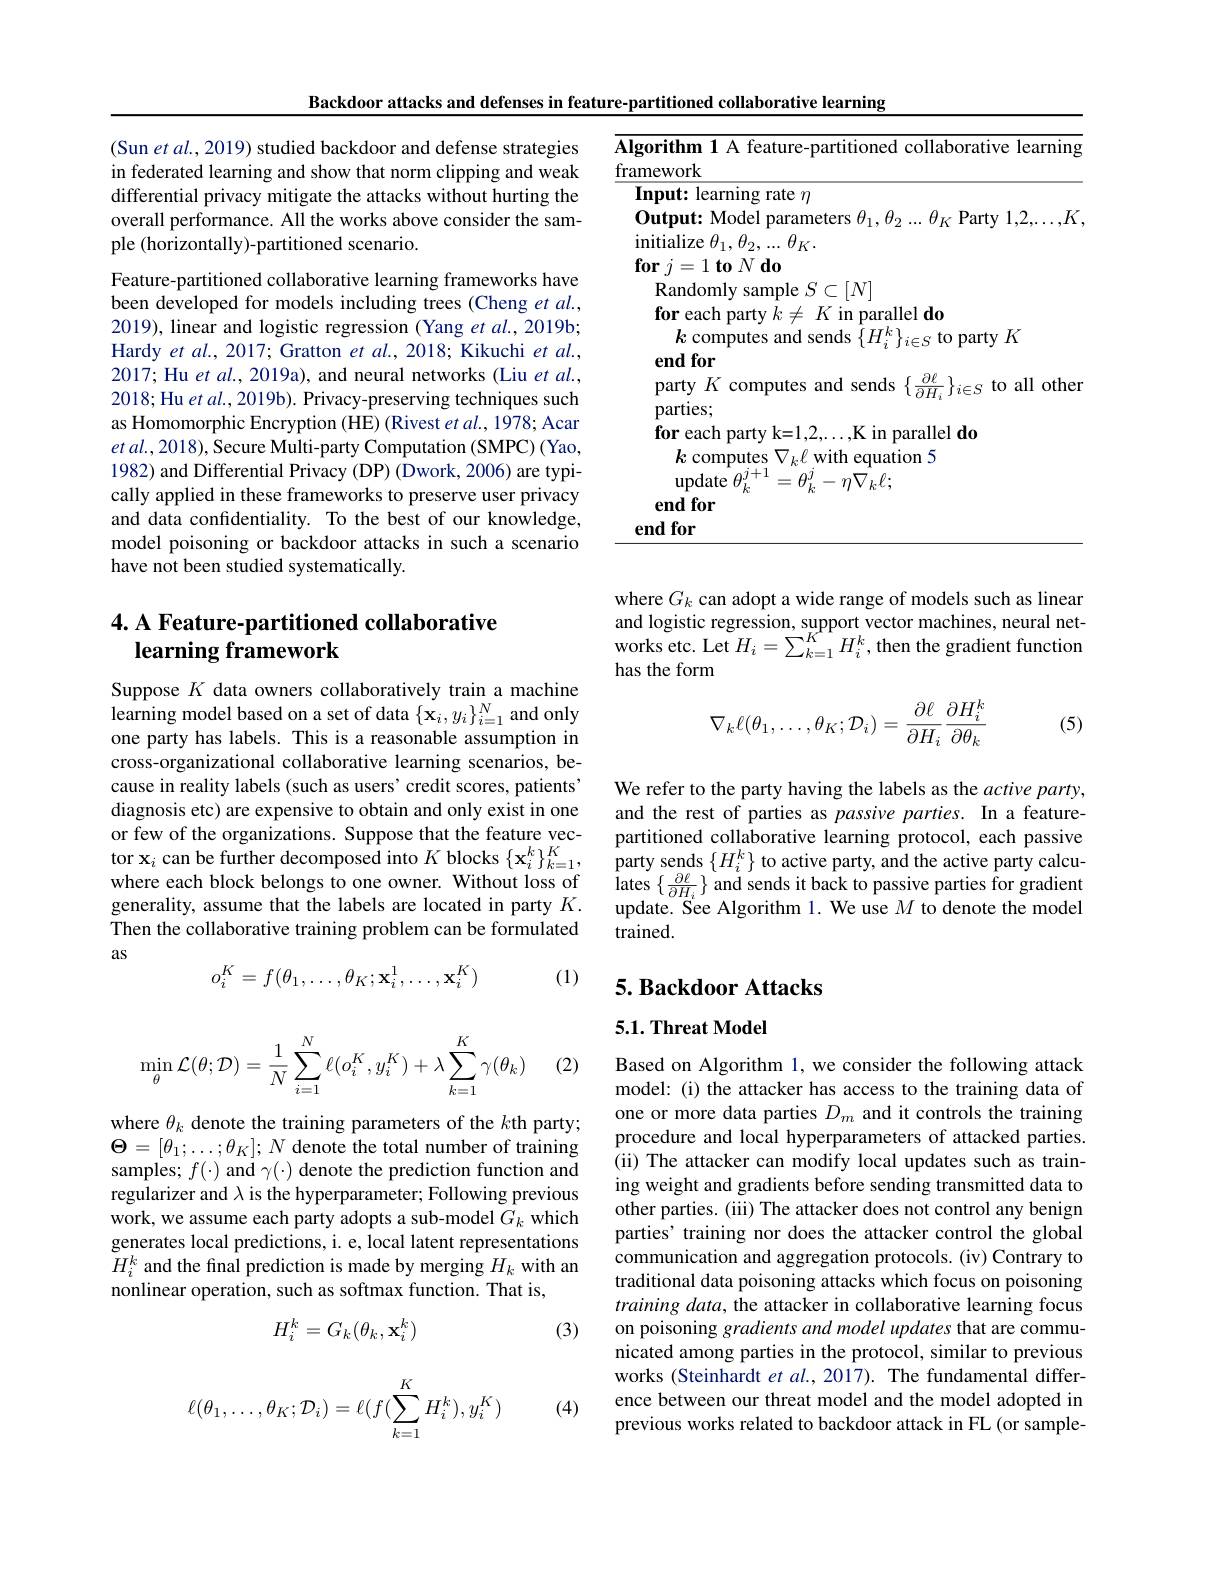
(Sun et al., 2019) studied backdoor and defense strategies in federated learning and show that norm clipping and weak differential privacy mitigate the attacks without hurting the overall performance. All the works above consider the sample (horizontally)-partitioned scenario.

Feature-partitioned collaborative learning frameworks have been developed for models including trees (Cheng et al., 2019), linear and logistic regression (Yang et al., 2019b; Hardy $et$ al., 2017; Gratton et al., 2018; Kikuchi $et$ al., 2017; Hu et $al.$, 2019a), and neural networks (Liu $et\textit{al. , }$ 2018; Hu et al., 2019b). Privacy-preserving techniques such as Homomorphic Encryption (HE) (Rivest et al., 1978; Acar $et$ $al. , 2018) $, Secure Multi-party Computation (SMPC) (Yao, 1982) and Differential Privacy (DP) (Dwork, 2006) are typically applied in these frameworks to preserve user privacy and data confidentiality. To the best of our knowledge, model poisoning or backdoor attacks in such a scenario have not been studied systematically.

## 4. A Feature- partitioned collaborative learning framework

Suppose $K$ data owners collaboratively train a machine learning model based on a set of data $\{\mathbf{x}_i,y_i\}_{i=1}^N$ and only one party has labels. This is a reasonable assumption in cross-organizational collaborative learning scenarios, because in reality labels (such as users' credit scores, patients diagnosis etc) are expensive to obtain and only exist in one or few of the organizations. Suppose that the feature vector $\mathbf{x}_i$ can be further decomposed into $K$ blocks $\{\mathbf{x}_i^k\}_{k=1}^K$, where each block belongs to one owner. Without loss of generality, assume that the labels are located in party $K.$ Then the collaborative training problem can be formulated as
$$o_{i}^{K}=f(\theta_{1},\ldots,\theta_{K};\mathbf{x}_{i}^{1},\ldots,\mathbf{x}_{i}^{K})$$
(1)

(2)
$$\min\limits_{\theta}\mathcal{L}(\theta;\mathcal{D})=\dfrac{1}{N}\sum\limits_{i=1}^{N}\ell(o_i^K,y_i^K)+\lambda\sum\limits_{k=1}^{K}\gamma(\theta_k)$$
where $\theta_k$ denote the training parameters of the $k$th party; $\Theta=[\theta_{1};\ldots;\theta_{K}];N$ denote the total number of training samples; $f(\cdot)$ and $\gamma(\cdot)$ denote the prediction function and regularizer and $\lambda$ is the hyperparameter; Following previous work, we assume each party adopts a sub-model $G_k$ which generates local predictions, i. e, local latent representations $H_{i}^{k}$ and the final prediction is made by merging $H_k$ with an nonlinear operation, such as softmax function. That is,
$$H_i^k=G_k(\theta_k,\mathbf{x}_i^k)$$
(3)

(4)
$$\ell(\theta_1,\dots,\theta_K;\mathcal{D}_i)=\ell(f(\sum\limits_{k=1}^KH_i^k),y_i^K)$$
Backdoor attacks and defenses in feature-partitioned collaborative learning
<table>
	<tbody>
		<tr>
			<td>$A$ $fi$</td>
			<td>$\textbf{orithm 1 A feature- partitioned collaborative learning}$ ${\mathrm{mework}}$</td>
		</tr>
		<tr>
			<td> </td>
			<td>$\textbf{for each party }k\neq K$ in parallel do $k$ computes and sends $\{H_i^k\}_{i\in S}$ to party $K$ end for</td>
		</tr>
	</tbody>
</table>

where $G_k$ can adopt a wide range of models such as linear and logistic regression, support vector machines, neural networks etc. Let $H_i=\sum_{k=1}^{K^{*}}H_{i}^{k}$,then the gradient function has the form
$$\nabla_k\ell(\theta_1,\dots,\theta_K;\mathcal{D}_i)=\frac{\partial\ell}{\partial H_i}\frac{\partial H_i^k}{\partial\theta_k}$$
(5)

We refer to the party having the labels as the active party, and the rest of parties as passive parties. In a featurepartitioned collaborative learning protocol, each passive party sends $\{H_i^k\}$ to active party, and the active party calcu- $\operatorname*{lates}\left\{\frac{\partial\ell}{\partial H_{i}}\right\}$and sends it back to passive parties for gradient update. See Algorithm 1. We use $M$ to denote the model trained.

# 5. Backdoor Attacks

## $5. 1. \textbf{Threat Model}$

Based on Algorithm 1, we consider the following attack model: (i) the attacker has access to the training data of one or more data parties $D_m$ and it controls the training procedure and local hyperparameters of attacked parties. (ii) The attacker can modify local updates such as training weight and gradients before sending transmitted data to other parties. (iii) The attacker does not control any benign parties' training nor does the attacker control the global communication and aggregation protocols. (iv) Contrary to traditional data poisoning attacks which focus on poisoning training data, the attacker in collaborative learning focus on poisoning gradients and model updates that are communicated among parties in the protocol, similar to previous works (Steinhardt et al., 2017). The fundamental difference between our threat model and the model adopted in previous works related to backdoor attack in FL (or sample-